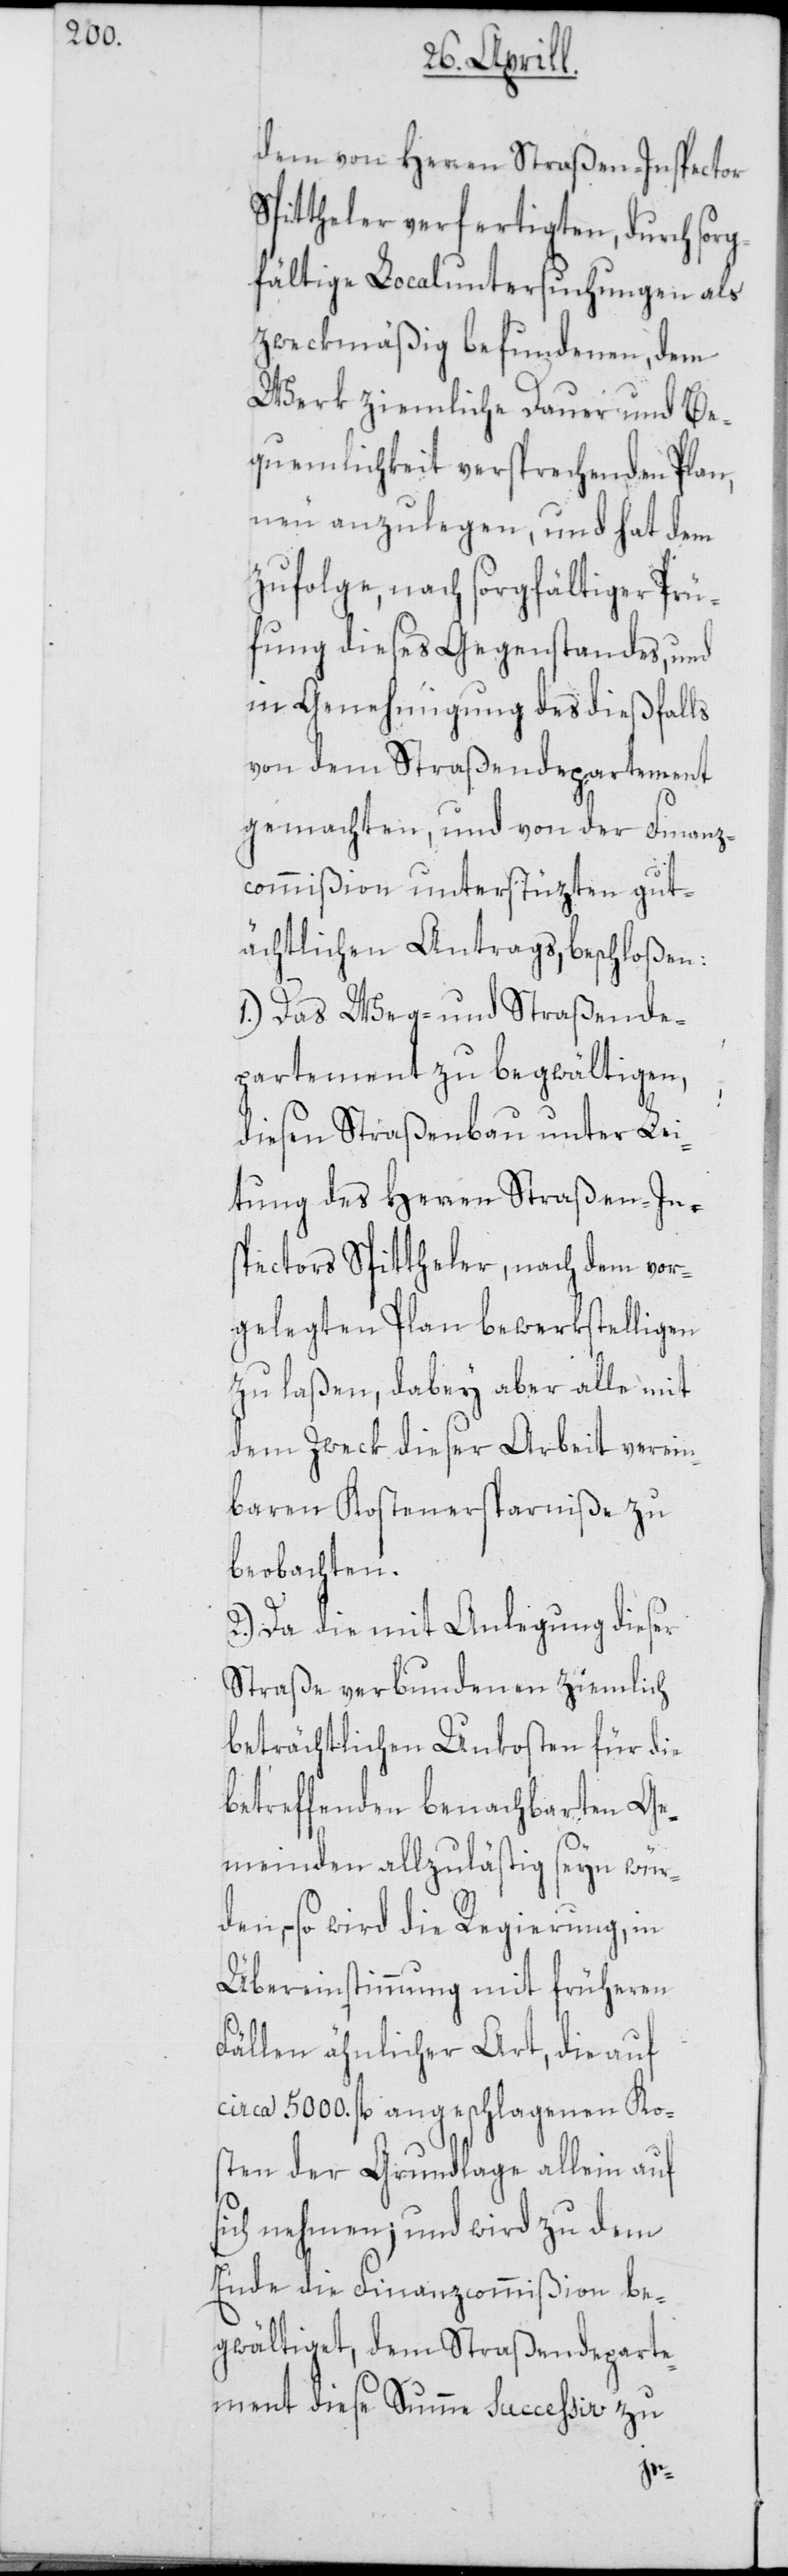
dem von Herren Straßen-Inspector
Spittheler verfertigten, durch sorg¬
fältige Localuntersuchungen als
zweckmäßig befundenen, dem
Werk ziemliche Dauer und Be¬
quemlichkeit versprechenden Plan,
neu anzulegen, und hat dem
zufolge, nach sorgfältiger Prü¬
fung dieses Gegenstandes, und
in Genehmigung des dießfalls
von dem Straßendepartement
gemachten, und von der Finanz¬
commißion unterstüzten gut¬
ächtlichen Antrags, beschloßen:
1.) Das Weg- und Straßende¬
partement zu begwältigen,
diesen Straßenbau unter Lei¬
tung des Herren Straßen-In¬
spectors Spittheler, nach dem vor¬
gelegten Plan bewerkstelligen
zu laßen, dabey aber alle mit
dem Zweck dieser Arbeit verein¬
baren Kostenersparniße zu
beobachten.
2.) Da die mit Anlegung dieser
Straße verbundenen ziemlich
beträchtlichen Unkosten für die
betreffenden benachbarten Ge¬
meinden allzulästig seyn würd¬
en, – so wird die Regierung, in
Übereinstimmung mit früheren
Fällen ähnlicher Art, die auf
circa 5000. fl. angeschlagenen Ko¬
sten der Grundlage allein auf
sich nehmen; und wird zu dem
Ende die Finanzcommißion be¬
gwältiget, dem Straßendeparte¬
ment diese Summe successiv zu